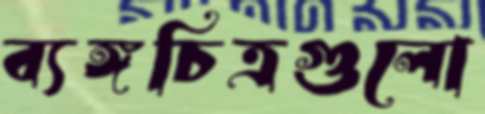
ব্যঙ্গচিত্রগুলো